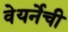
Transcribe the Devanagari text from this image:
वेयर्नेची